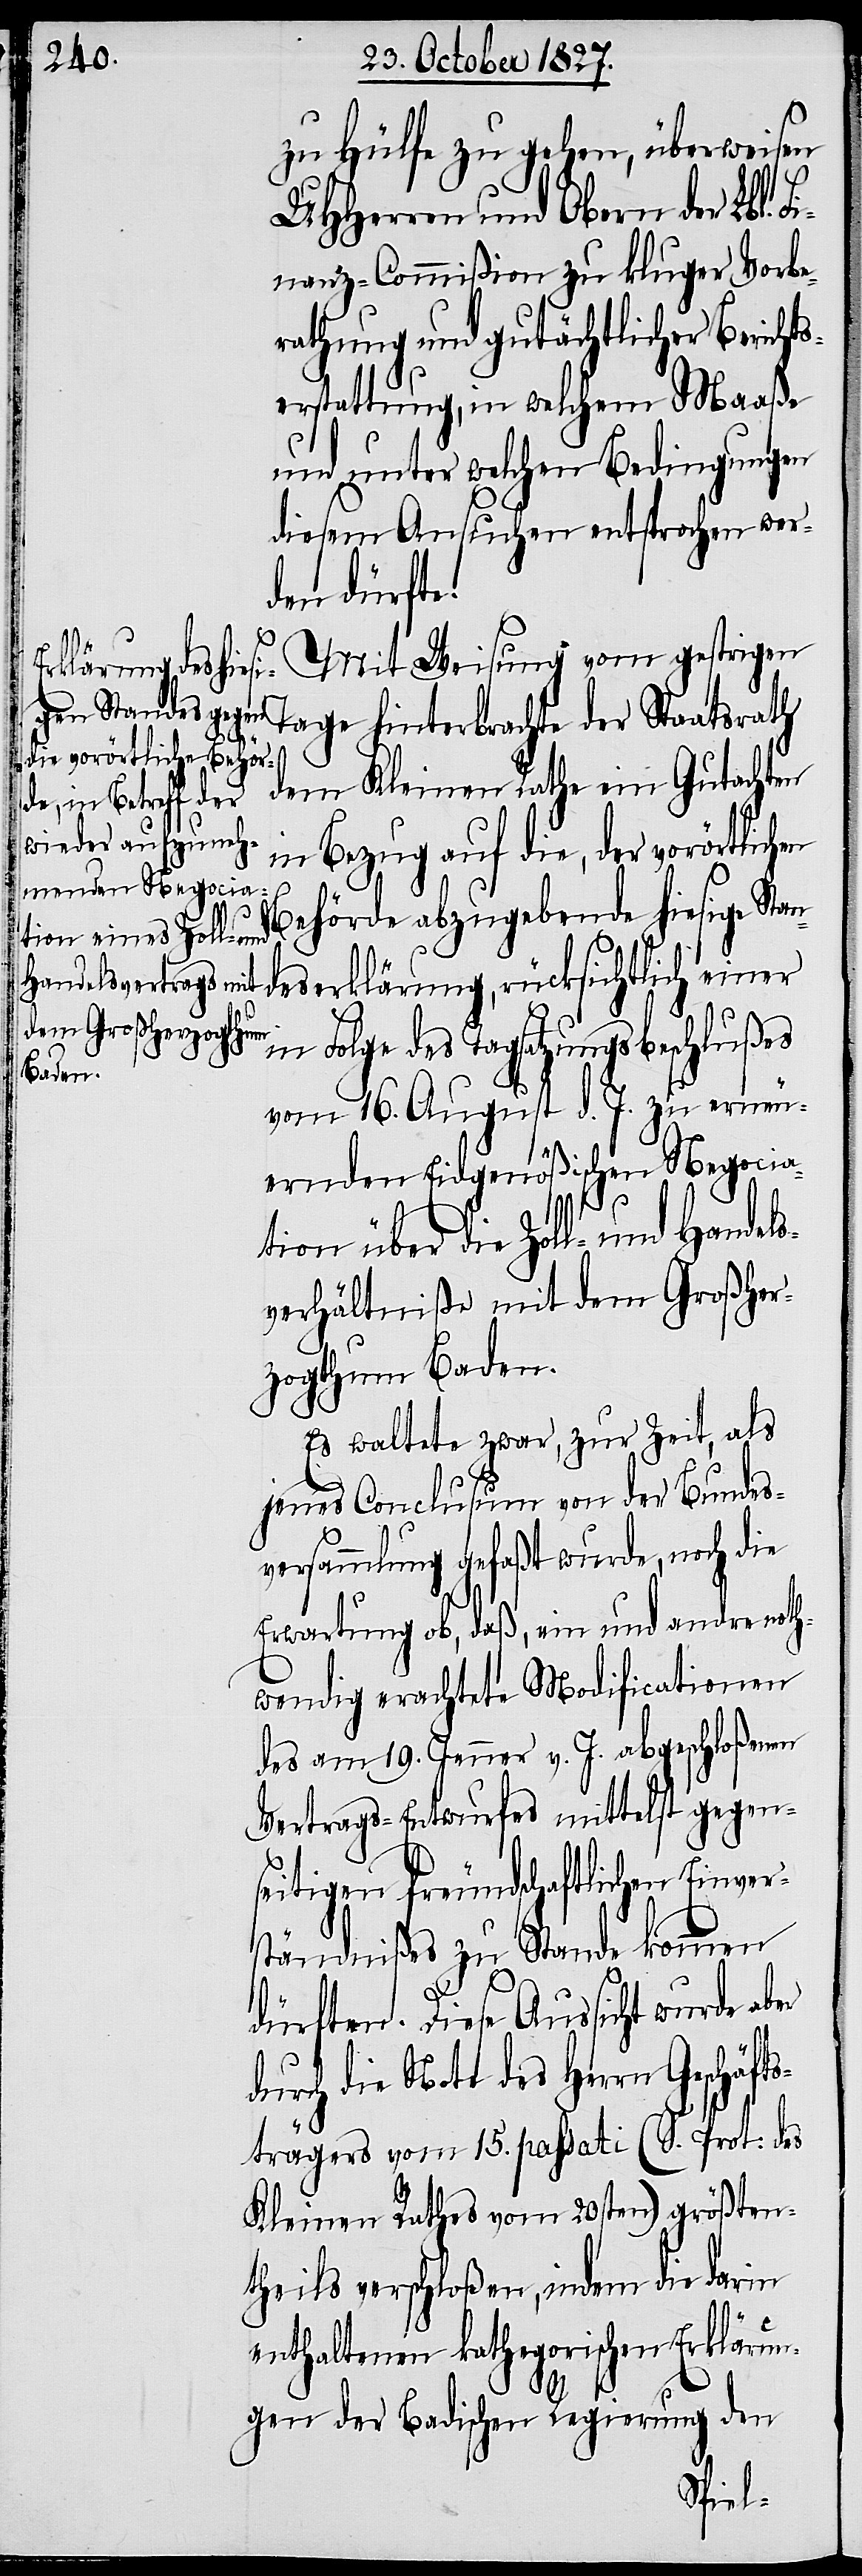
zu Hülfe zu gehen, überweisen
UHHerren und Obern der Lbl. F¬
inanz-Commißion zu kluger Vorbe¬
rathung und gutächtlicher Berichts¬
erstattung, in welchem Maaße
und unter welchen Bedingungen
diesem Ansuchen entsprochen wer¬
den dürfte.
Mit Weisung vom gestrigen
Tage hinterbrachte der Staatsrath
dem Kleinen Rathe ein Gutachten
in Bezug auf die, der vorörtlich¬
Behörde abzugebende hiesige Stan¬
deserklärung, rücksichtlich einer
in Folge des Tagsatzungsbeschlußes
vom 16. August d. J. zu erneu¬
ernden Eidgenößischen Negocia¬
en
tion über die Zoll- und Handels¬
verhältniße mit dem Großher¬
zogthum Baden.
Es waltete zwar, zur Zeit, als
jenes Conclusum von der Bundes¬
versammlung gefaßt wurde, noch die
Erwartung ob, daß, ein und andre not¬
hwendig erachtete Modificationen
des am 19. Jenner v. J. abgeschloßenen
Vertrags-Entwurfes mittelst gegen¬
seitigen freundschaftlichen Einver¬
ständnißes zu Stande kommen
dürften. Diese Aussicht wurde aber
durch die Note des Herrn Geschäft¬
strägers vom 15. passati (S. Protokoll:
Kleinen Rathes vom 20sten) größten¬
theils verschloßen, indem die darin
enthaltenen kathegorischen Erklärun¬
gen der Badischen Regierung den